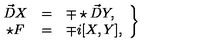
\left. \begin{array} { c c l } { \vec { D } X } & { = } & { \mp \star \vec { D } Y , } \\ { \star F } & { = } & { \mp i [ X , Y ] , } \\ \end{array} \right\}